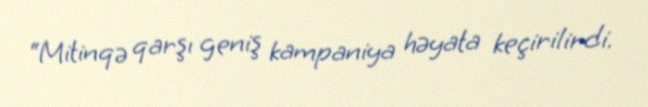
“Mitinqə qarşı geniş kampaniya həyata keçirilirdi.